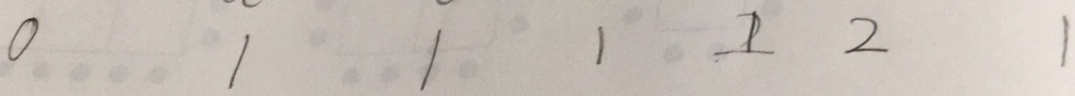
0 1 1 1 1 2 1